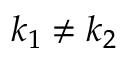
k _ { 1 } \neq k _ { 2 }